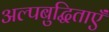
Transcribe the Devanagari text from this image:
अल्पबुद्धिताएँ